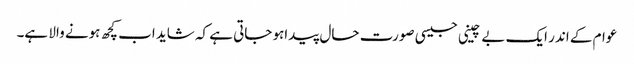
عوام کے اندر ایک بے چینی جیسی صورت حال پیداہو جاتی ہے کہ شاید اب کچھ ہونے والا ہے۔